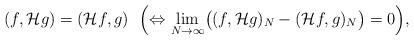
LaTeX: \begin{align*} (f,\mathcal{H}g)=(\mathcal{H}f,g)\ \ \Bigl(\Leftrightarrow \lim_{N\to\infty}\bigl((f,\mathcal{H}g)_N-(\mathcal{H}f,g)_N\bigr)=0\Bigr), \end{align*}